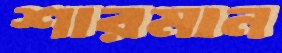
শারমান